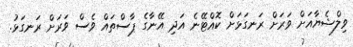
ވިލްޝެޔާއަށް ވަރަށް ރަނގަޅަށް ކޮއްޓޭނެ އަދި އޭނާގެ ޕާސްތައް ވެސް ވަރަށް ރަނގަޅު.